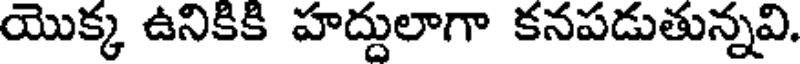
యొక్క ఉనికికి హద్దులాగా కనపడుతున్నవి.